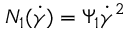
N _ { 1 } ( \dot { \gamma } ) = \Psi _ { 1 } \dot { \gamma } ^ { 2 }